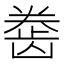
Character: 𱌲